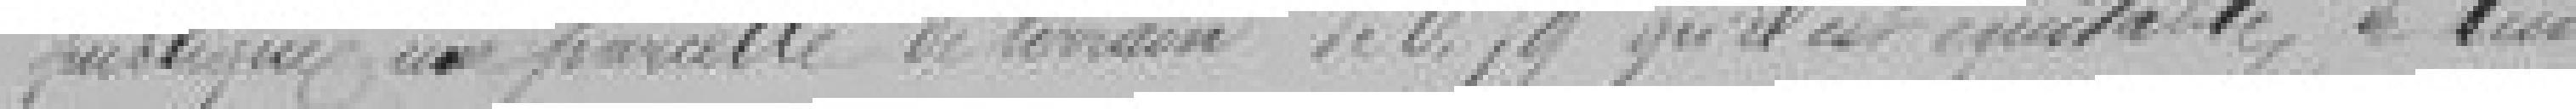
publique une parcelle de terrain de 0,79 qu'il est équitable de lui